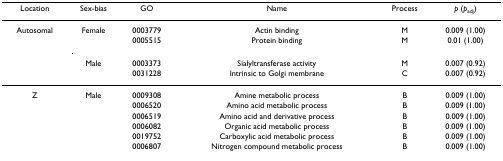
| Location | Sex-bias | GO | Name | Process | p (padj) |
 | --- | --- | --- | --- | --- | --- |
 | Autosomal | Female | 0003779 | Actin binding | M | 0.009 (1.00) |
 |  |  | 0005515 | Protein binding | M | 0.01 (1.00) |
 |  | Male | 0003373 | Sialyltransferase activity | M | 0.007 (0.92) |
 |  |  | 0031228 | Intrinsic to Golgi membrane | C | 0.007 (0.92) |
 | Z | Male | 0009308 | Amine metabolic process | B | 0.009 (1.00) |
 |  |  | 0006520 | Amino acid metabolic process | B | 0.009 (1.00) |
 |  |  | 0006519 | Amino acid and derivative process | B | 0.009 (1.00) |
 |  |  | 0006082 | Organic acid metabolic process | B | 0.009 (1.00) |
 |  |  | 0019752 | Carboxylic acid metabolic process | B | 0.009 (1.00) |
 |  |  | 0006807 | Nitrogen compound metabolic process | B | 0.009 (1.00) |